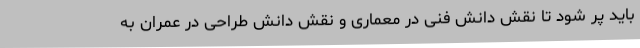
باید پر شود تا نقش دانش فنی در معماری و نقش دانش طراحی در عمران به